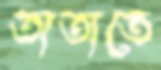
তাতাতে